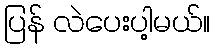
ပြန် လဲပေးပါ့မယ်။